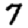
Digit: 7